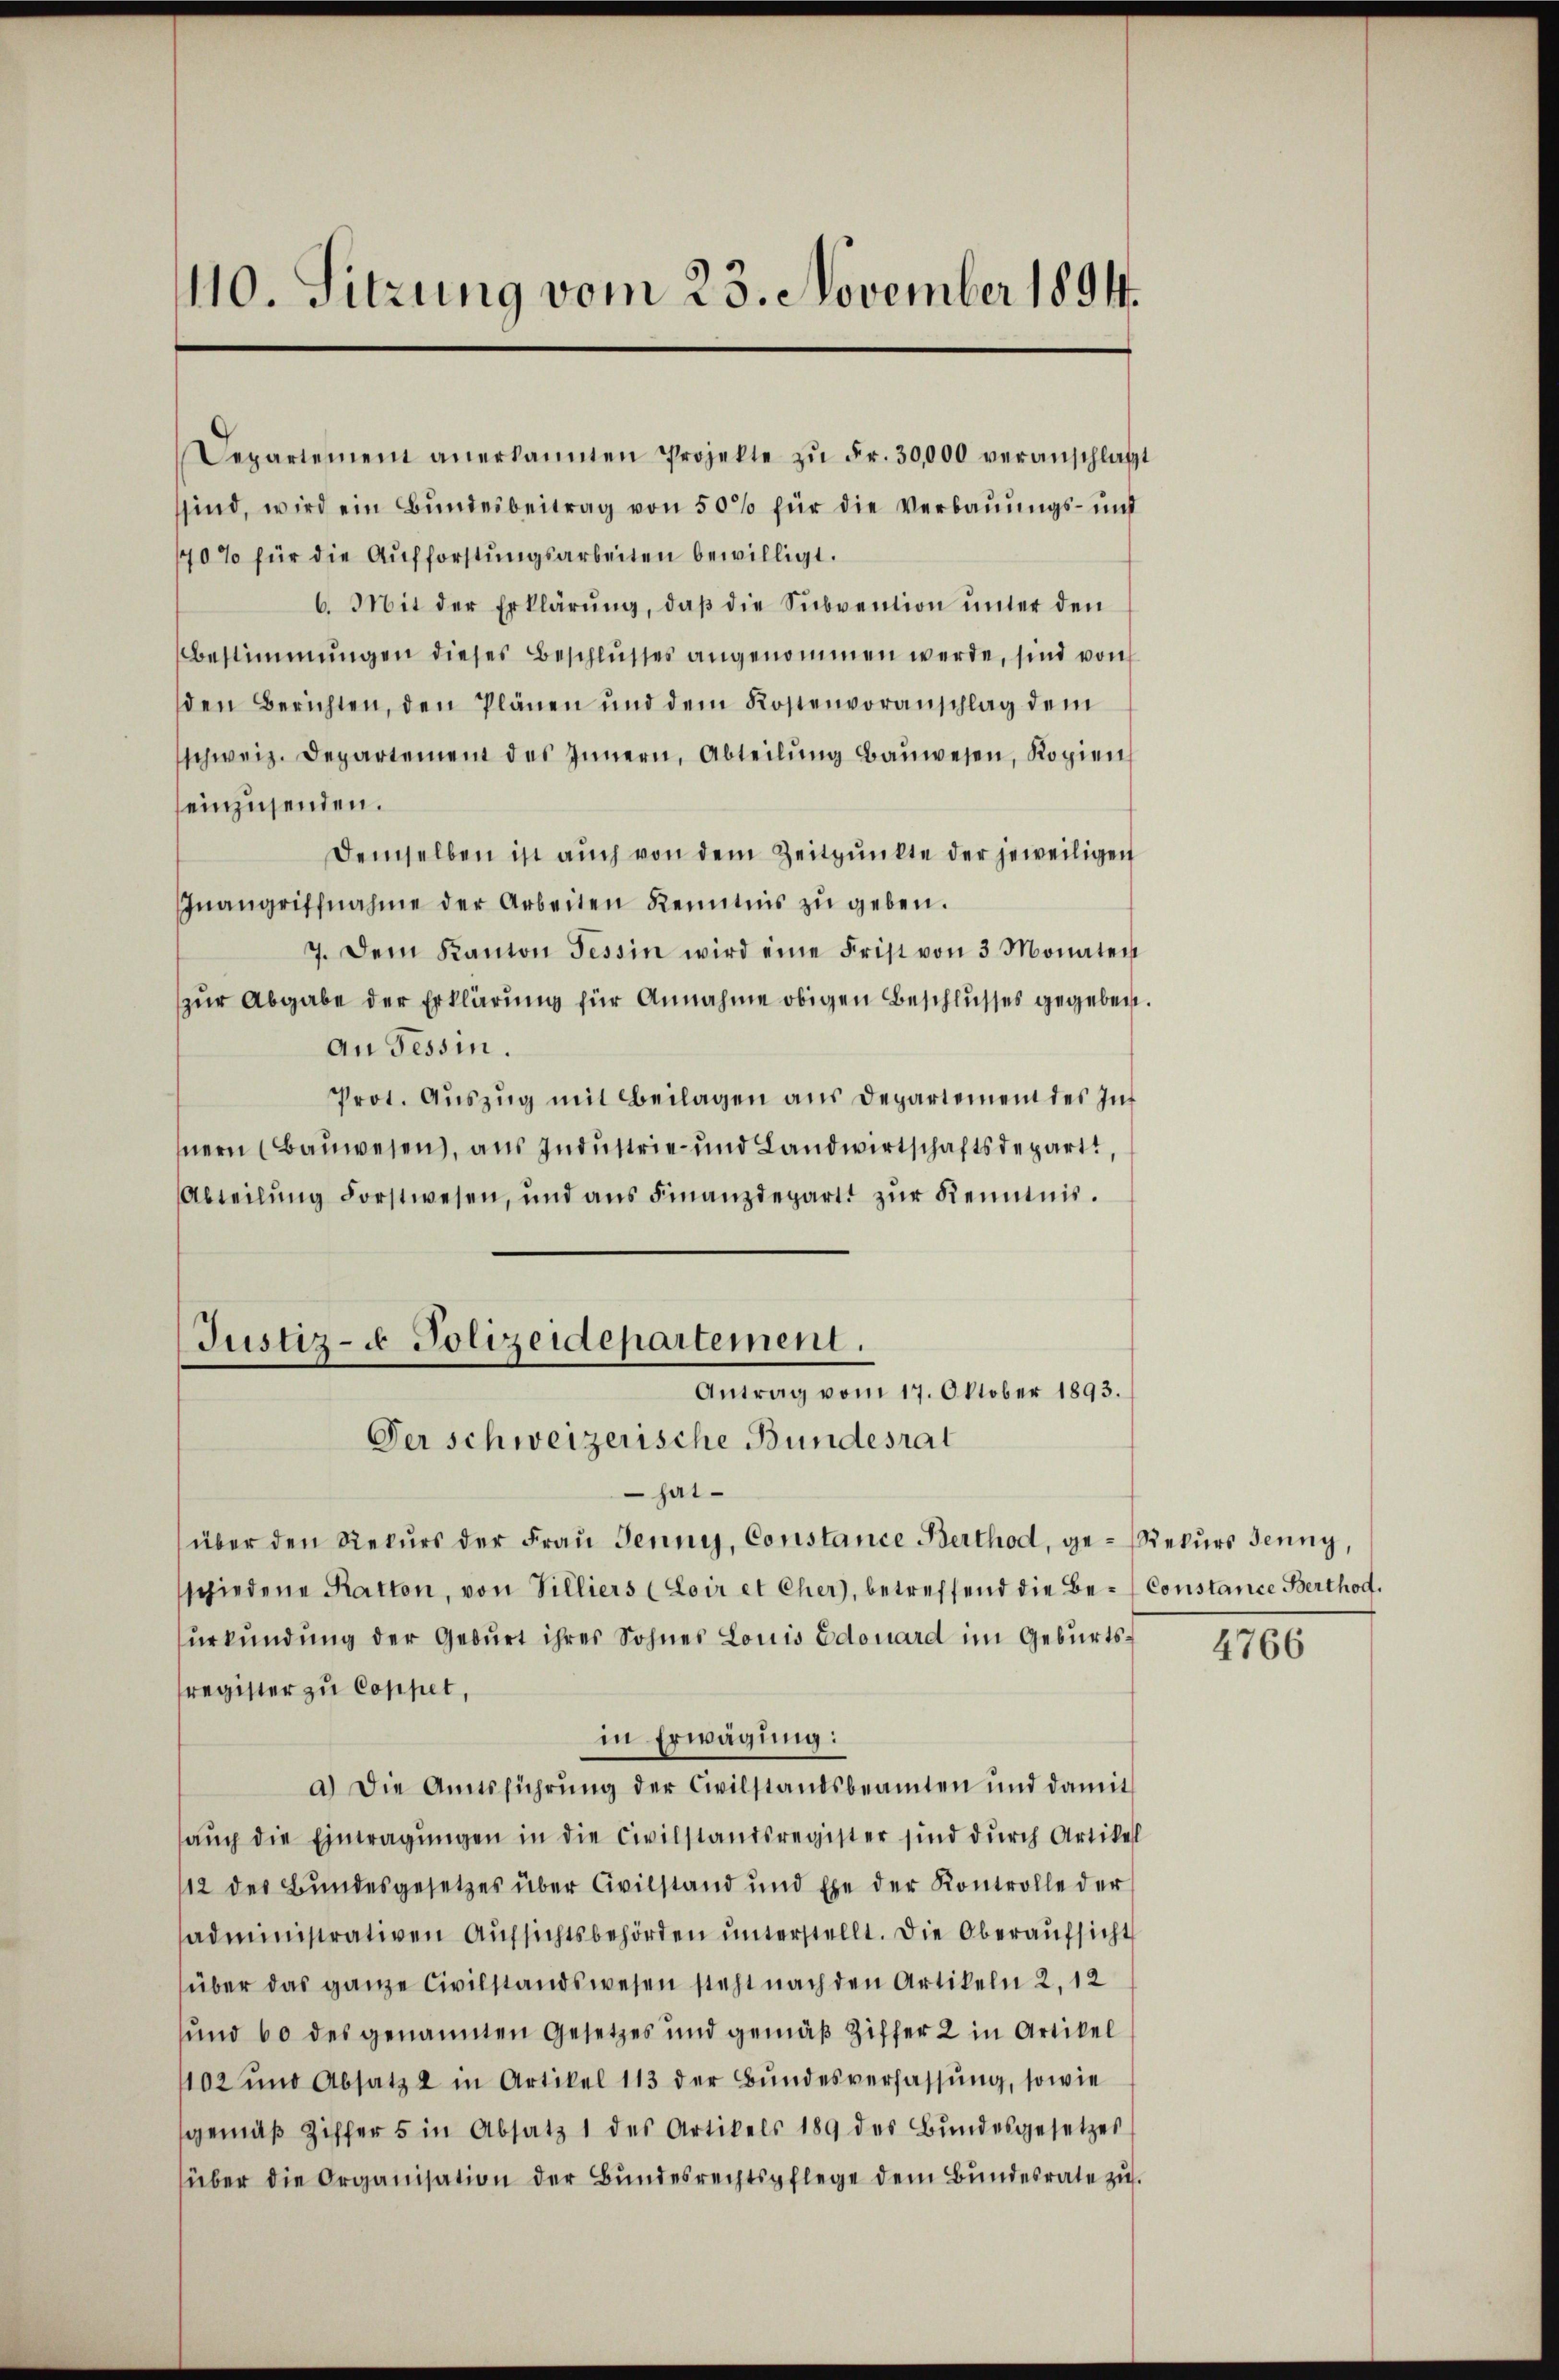
110. Sitzung vom 23. November 1894.

ssind, wird ein Bŭndesbeitrag von 50% für die Verbaŭŭngs- und
170% für die Aŭfforstŭngsarbeiten bewilligt.
den Berichten, den Plänen und dem Kostenvoranschlag dem
schweiz. Departement des Innern, Abteilŭng Baŭwesen, Kopien
einzusenden.
Demselben ist auch von dem Zeitpunkte der jeweiligen
Inangriffnahme der Arbeiten Kenntnis zŭ geben.
7. Dem Kanton Tessin wird eine Frist von 3 Monaten
zŭr Abgabe der Erklärung für Annahme obigen Beschlusses gegeben.
An Tessin.
Prot. Auszug mit Beilagen aus Departement des Inf
nern (Bauwesen, aus Industrie und Landwirtschaftsdepart,
Abteilŭng Forstwesen, und ans Finanzdepart zŭr Kenntnis.
Justiz- & Polizeidepartement.
Antrag vom 17. Oktober 1893.
Der schweizerische Bundesrat
hatüber den Rekŭrs der Frau Jenny, Constance Berthod, ge- Rekurs Jenny,
sschiedene Ratton, von Villiers (Loir et Cher), betreffend die Be- Constance Berthod.
urkundung der Geburt ihres Sohnes Louis Edouard im Geburtsregister zu Coppet,
in Erwägung:
a.) Die Amtsführŭng der Civilstandsbeamten und damit
aŭch die Eintragŭngen in die Civilstandsregister sind dŭrch Artikel
112 des Bundesgesetzes über Civilstand und Ehe der Kontrolle der
administrativen Aŭfsichtsbehörden unterstellt. Die Oberaufsicht
über das ganze Civilstandswesen steht nach den Artikeln 2, 12
und 60 des genannten Gesetzes und gemäβ Ziffer 2 in Artikel
1102 und Absatz 2 in Artikel 113 der Bŭndesverfassŭng, sowie
sgemäβ Ziffer 5 in Absatz 1 des Artikels 189 des Bŭndesgesetzes
über die Organisation der Bŭndesrechtspflege dem Bŭndesrate zu.

Separtement anerkannten Projekte zŭ Fr. 30,000 veranschläft
6. Mit der Erklärŭng, daβ die Subvention ŭnter den
Bestimmungen dieses Beschlusses angenommen werde, sind von

4766